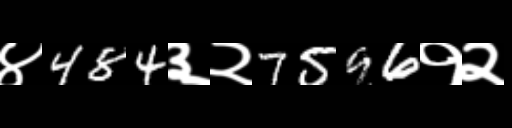
Text: ४484३२7596१२